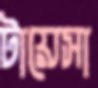
টায়েসা